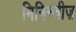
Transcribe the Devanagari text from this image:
मिनिन्जीज़